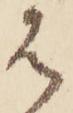
は